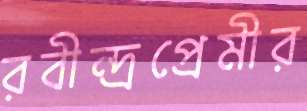
রবীন্দ্রপ্রেমীর